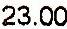
23.00